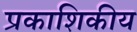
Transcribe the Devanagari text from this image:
प्रकाशिकीय